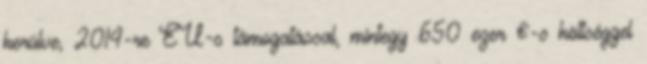
kerülve, 2014-re EU-s támogatással, mintegy 650 ezer €-s költséggel